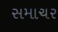
સમાચર